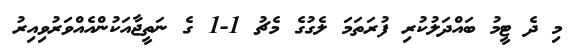
މި ދެ ޓީމު ބައްދަލުކުރި ފުރަތަމަ ލެގުގެ މެޗު 1-1 ގެ ނަތީޖާއަކުންއެއްވަރުވިއިރު